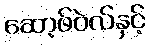
ဆော့ဖ်ဝဲလ်နှင့်